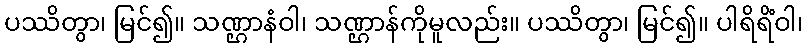
ပဿိတွာ၊ မြင်၍။ သဏ္ဌာနံဝါ၊ သဏ္ဌာန်ကိုမူလည်း။ ပဿိတွာ၊ မြင်၍။ ပါရိရိံဝါ၊